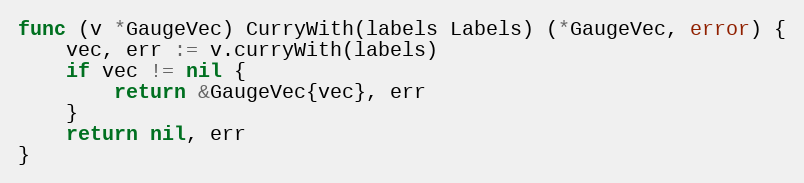
Language: Go
func (v *GaugeVec) CurryWith(labels Labels) (*GaugeVec, error) {
	vec, err := v.curryWith(labels)
	if vec != nil {
		return &GaugeVec{vec}, err
	}
	return nil, err
}